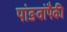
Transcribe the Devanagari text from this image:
पांङवांपैकी